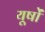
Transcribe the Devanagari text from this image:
यूषों